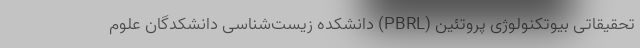
تحقیقاتی بیوتکنولوژی پروتئین (PBRL) دانشکده زیست‌شناسی دانشکدگان علوم